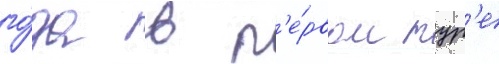
го́да в п'е́рвом тур'е